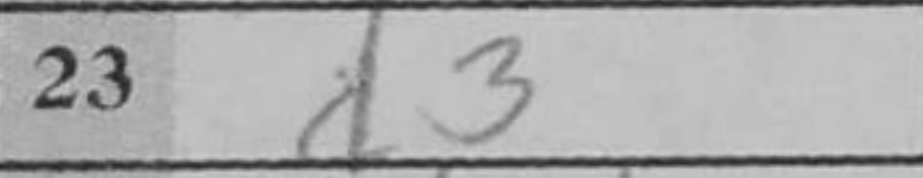
Transcription: d3